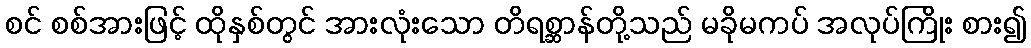
စင် စစ်အားဖြင့် ထိုနှစ်တွင် အားလုံးသော တိရစ္ဆာန်တို့သည် မခိုမကပ် အလုပ်ကြိုး စား၍